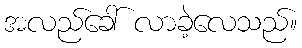
အလည်ခေါ် လာခဲ့လေသည်။